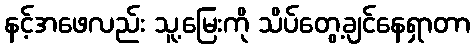
နင့်အဖေလည်း သူ့မြေးကို သိပ်တွေ့ချင်နေရှာတာ